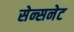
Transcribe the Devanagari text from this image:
सेन्सनेट